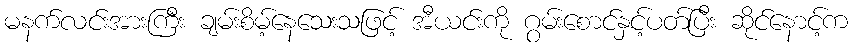
မနက်လင်းအားကြီး ချမ်းစိမ့်နေသေးသဖြင့် အီယင်းကို ဂွမ်းစောင်နှင့်ပတ်ပြီး ဆိုင်နောင့်က